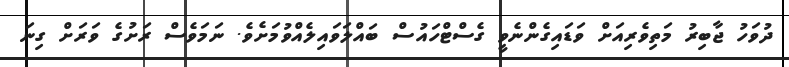
ދުވަހު ޖާބިރު މަތިވެރިއަށް ވަޑައިގެންްނެވީ ގެސްޓްހައުސް ބައްލަވައިލެއްވުމަށެވެ. ނަމަވެސް ރަށުގެ ވަރަށް ގިނަ